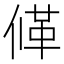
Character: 𠌙